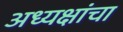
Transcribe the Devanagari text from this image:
अध्यक्षांचा